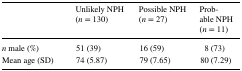
|  | Unlikely NPH (n = 130) | Possible NPH (n = 27) | Probable NPH (n = 11) |
 | --- | --- | --- | --- |
 | n male (%) | 51 (39) | 16 (59) | 8 (73) |
 | Mean age (SD) | 74 (5.87) | 79 (7.65) | 80 (7.29) |